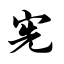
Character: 宪